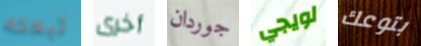
تبعته أخرى جوردان لويجي بتوعك